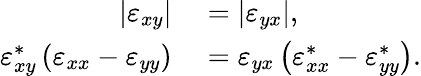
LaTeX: \begin{array}{rl}{\left|\varepsilon_{xy}\right|}&{{}=\left|\varepsilon_{yx}\right|,}\\ {\varepsilon_{xy}^{*}\left(\varepsilon_{xx}-\varepsilon_{yy}\right)}&{{}=\varepsilon_{yx}\left(\varepsilon_{xx}^{*}-\varepsilon_{yy}^{*}\right).}\end{array}